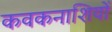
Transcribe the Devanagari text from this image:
कवकनाशियों